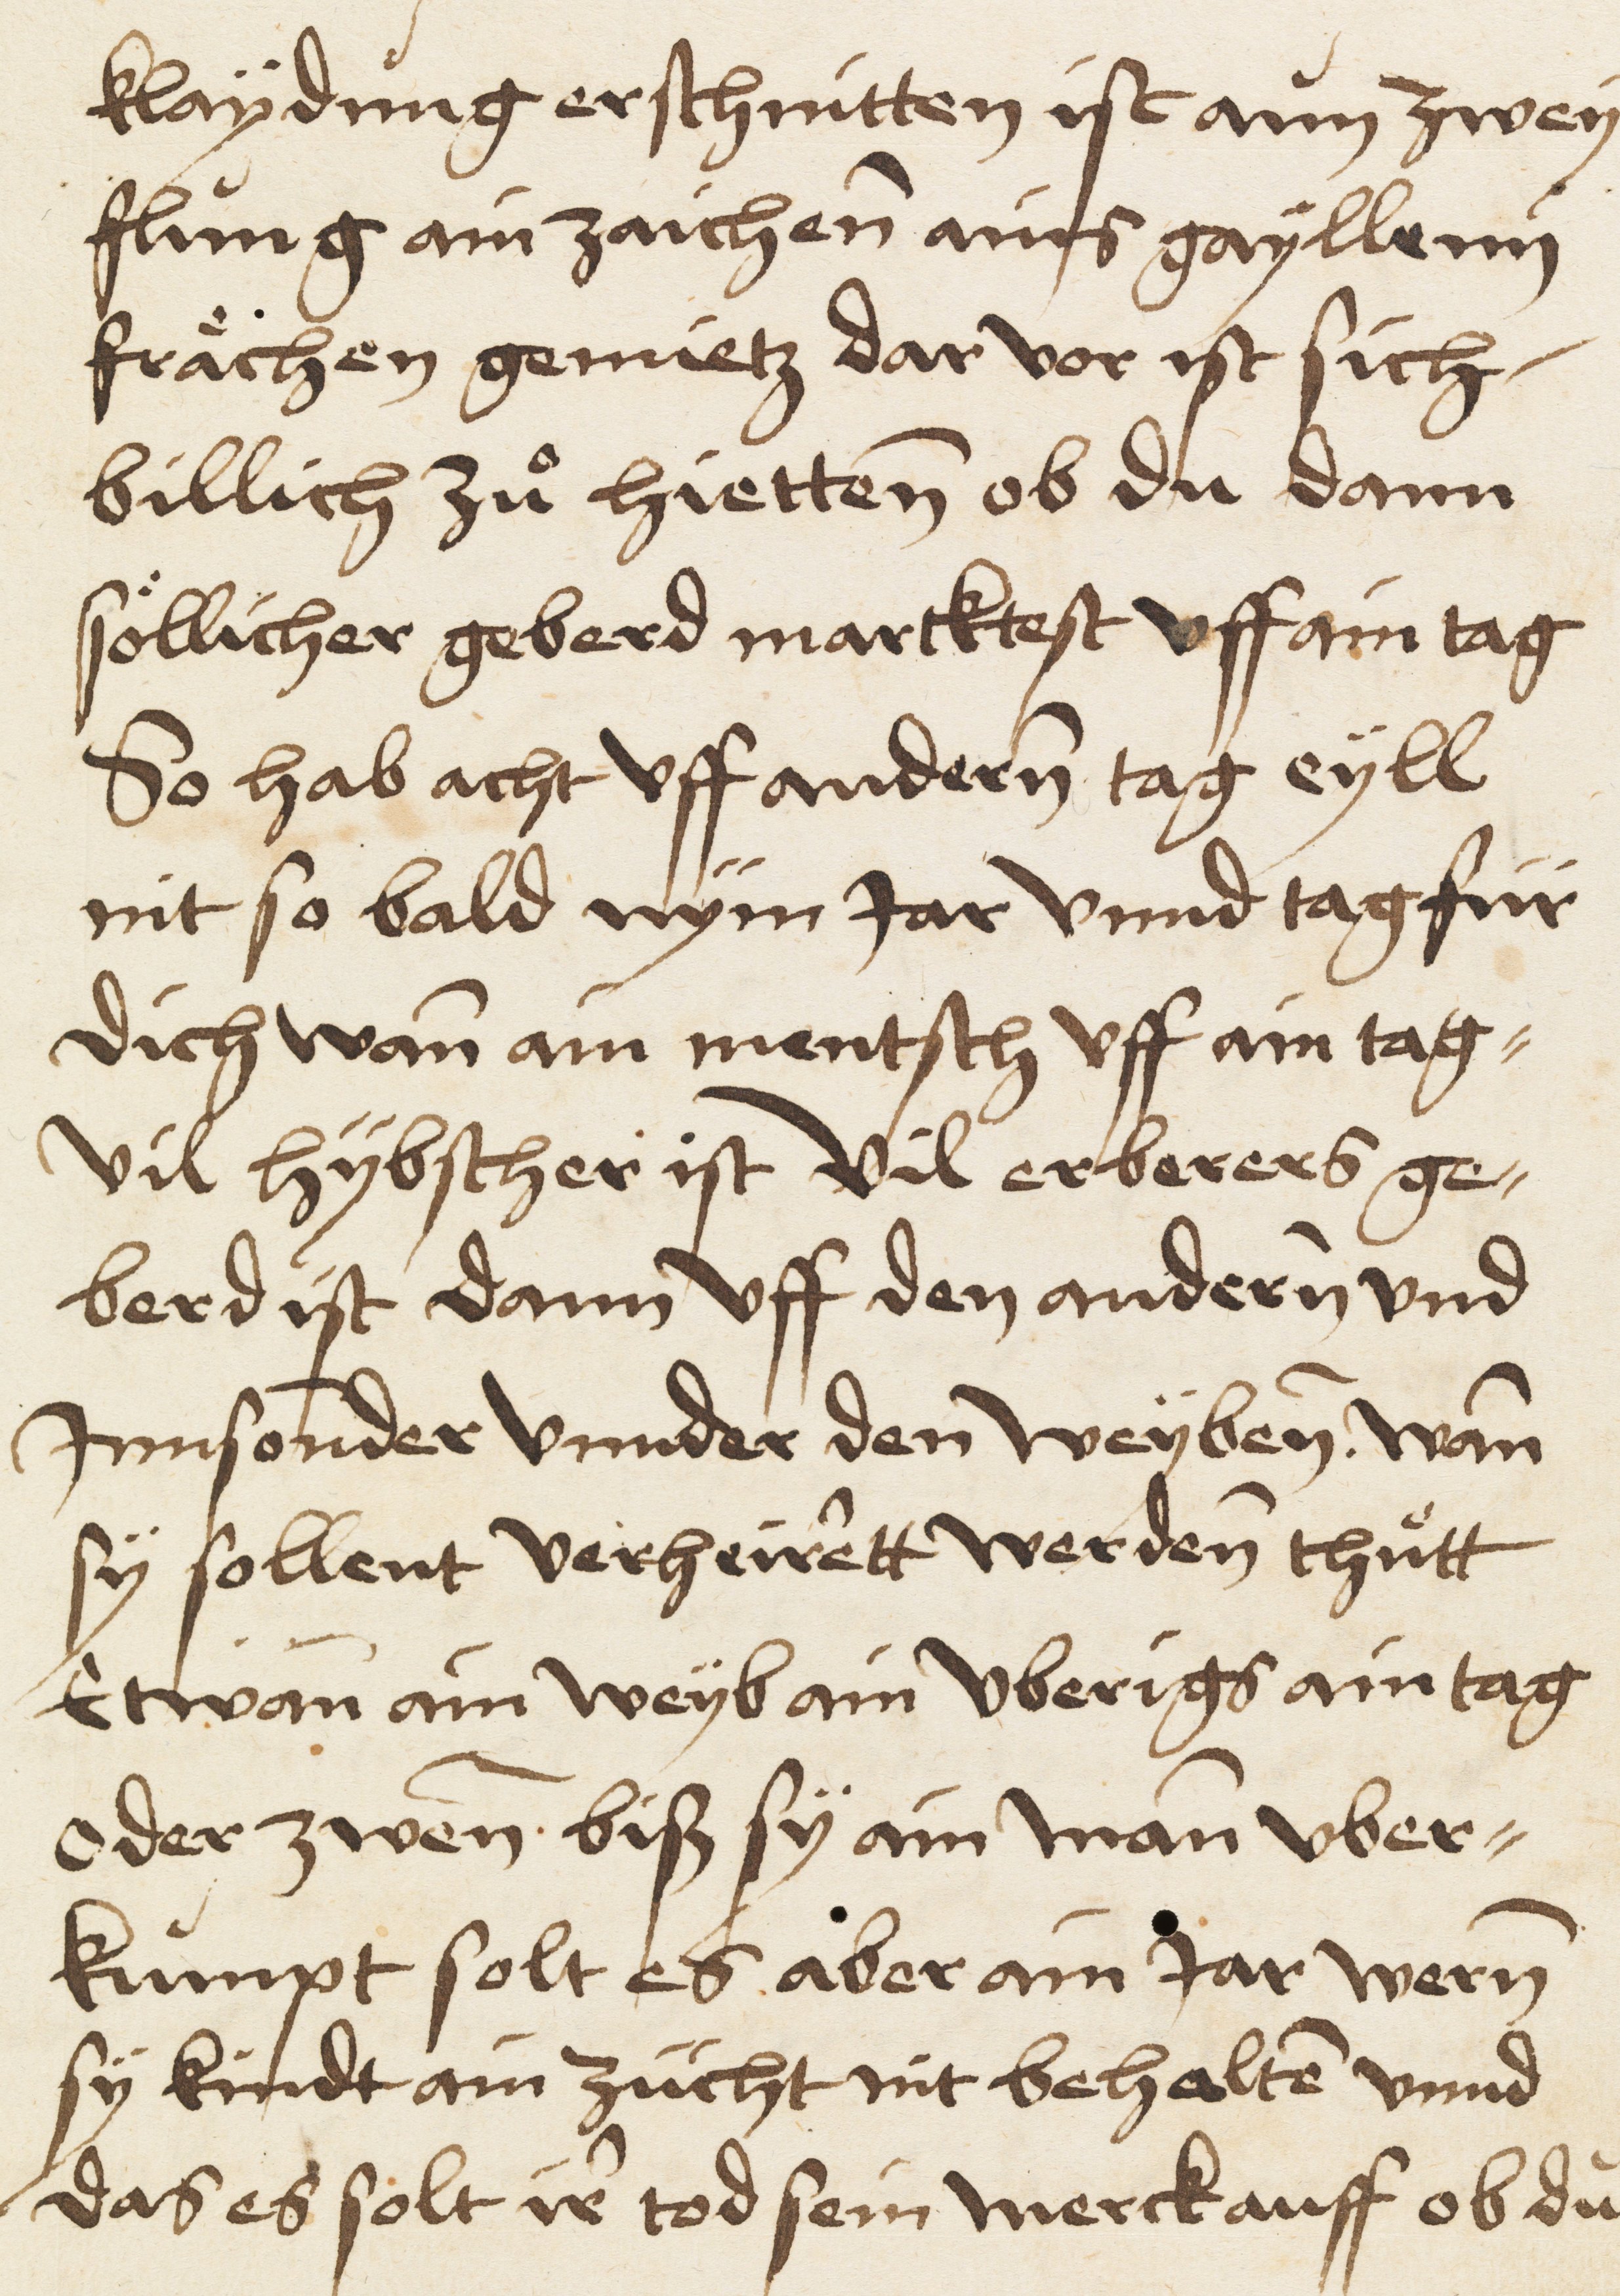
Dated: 1521–1521